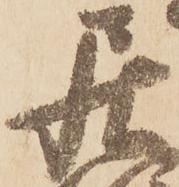
居